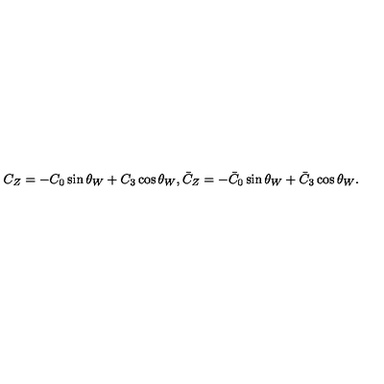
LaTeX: C _ { Z } = - C _ { 0 } \sin \theta _ { W } + C _ { 3 } \cos \theta _ { W } , { \bar { C } } _ { Z } = - { \bar { C } } _ { 0 } \sin \theta _ { W } + { \bar { C } } _ { 3 } \cos \theta _ { W } .